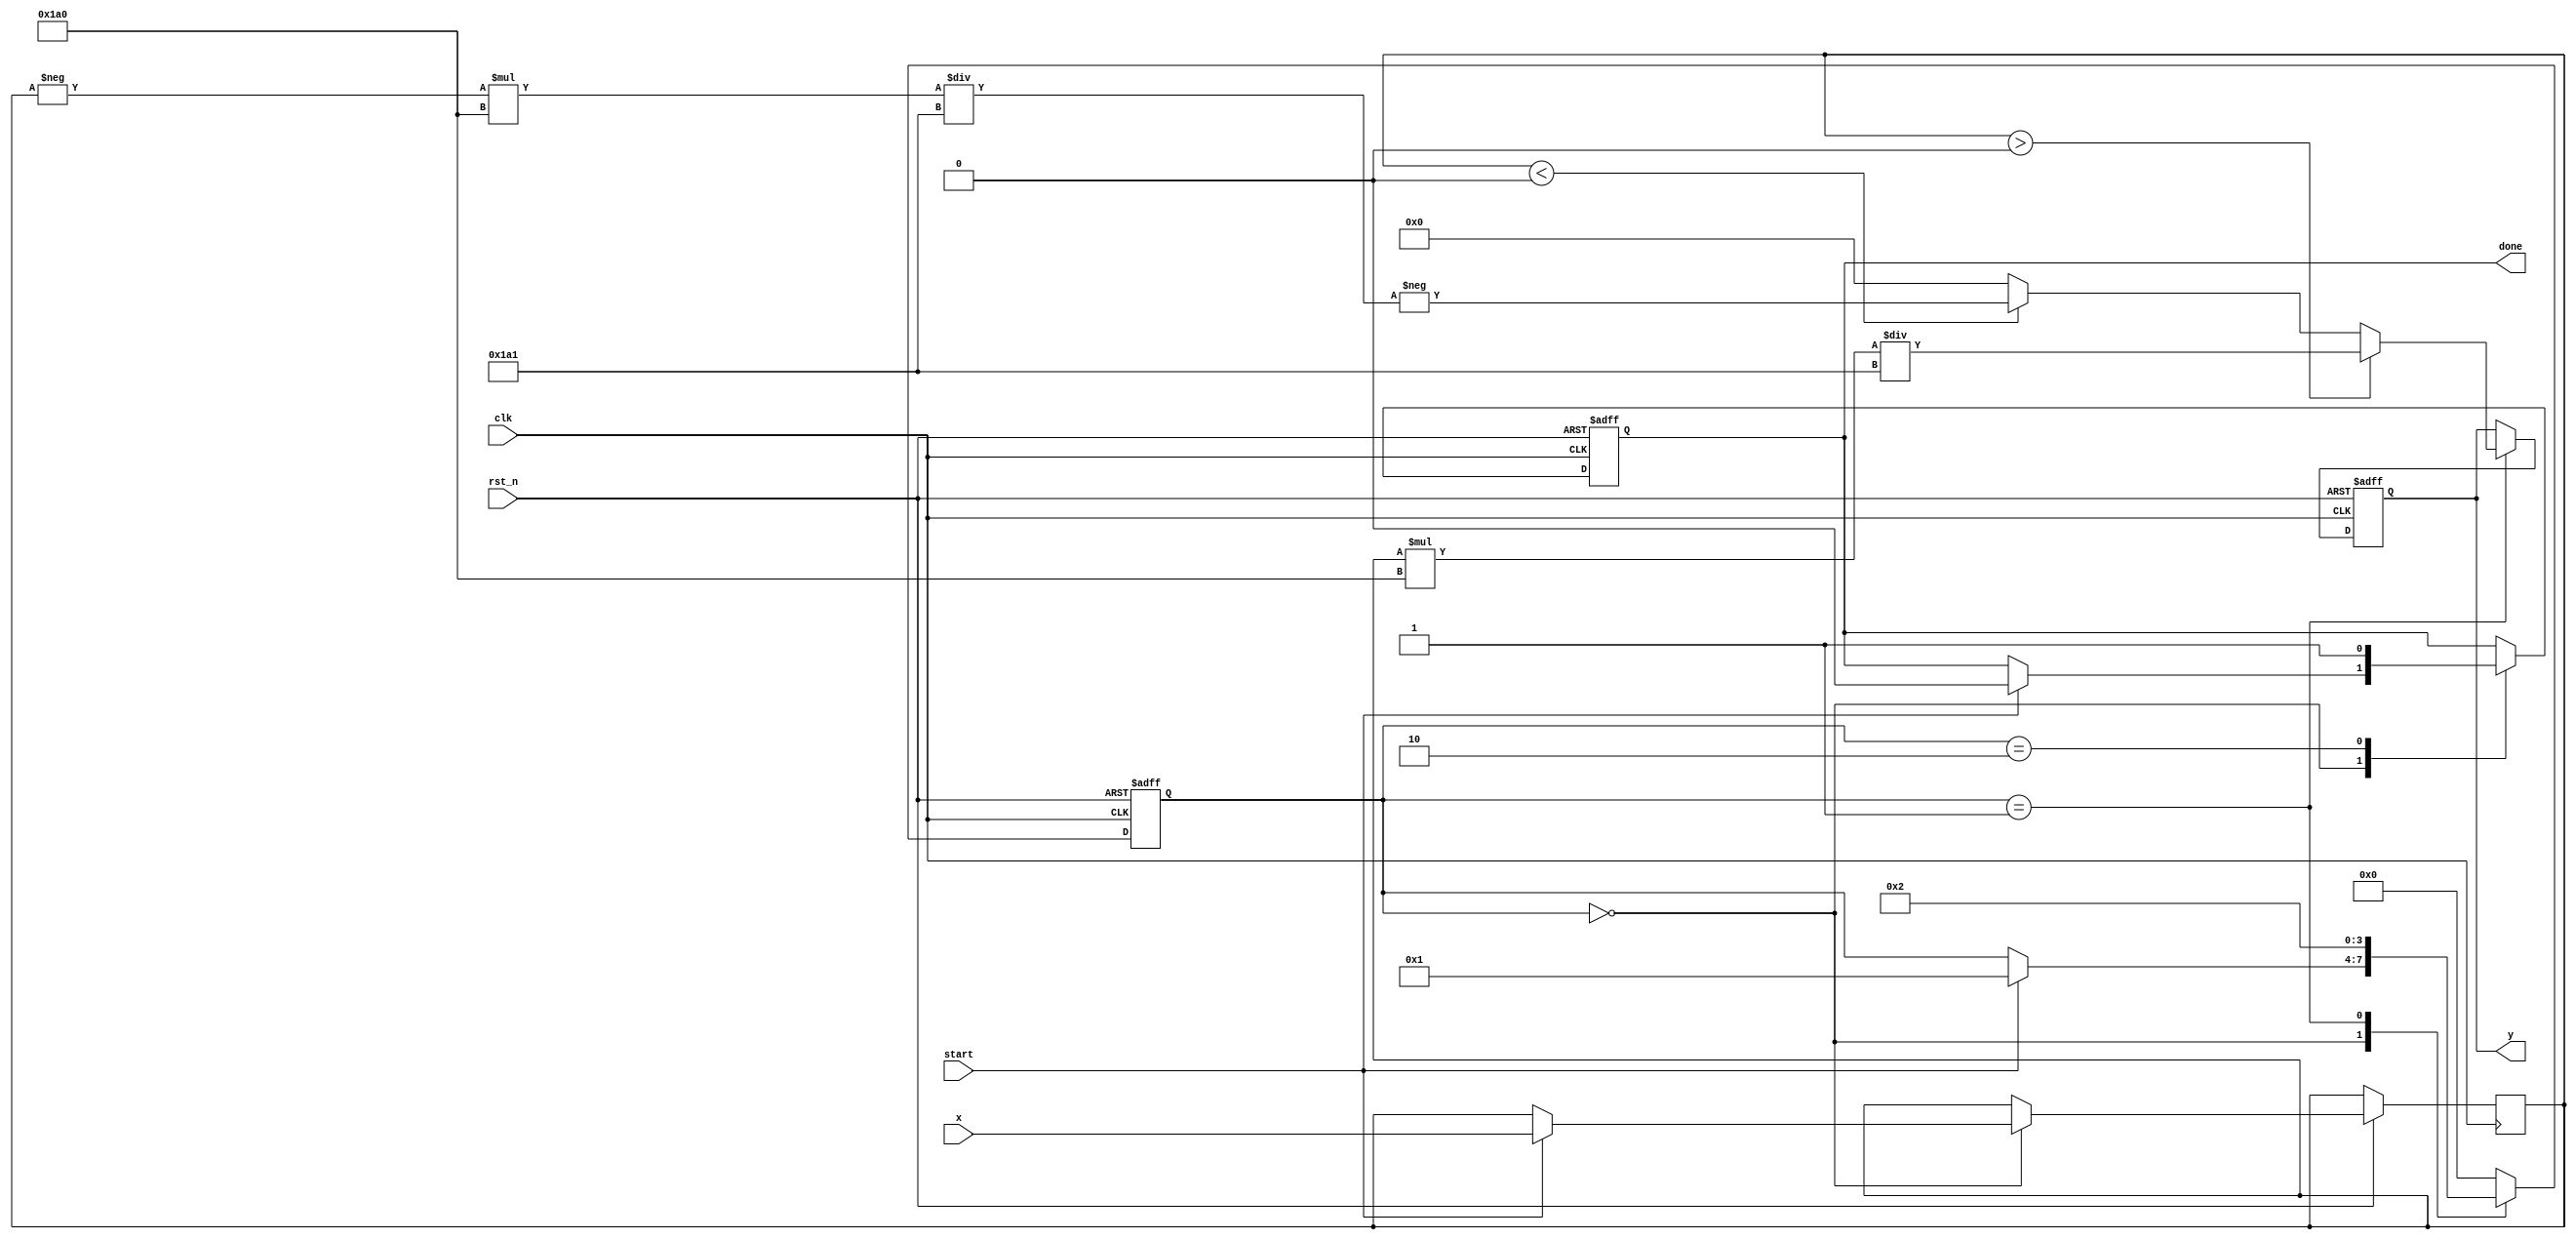
module atan_block (
    input wire [15:0] x,            // Input data (fixed-point representation)
    input wire clk,                  // Clock signal
    input wire rst_n,                // Active-low reset
    input wire start,                // Start signal for computation
    output reg [15:0] y,             // Output data (angle in radians)
    output reg done                  // Signal indicating computation is done
);

    parameter PI = 16'h3243;         // Fixed-point representation of 
    parameter PI_OVER_2 = 16'h1920;  // Fixed-point representation of /2

    reg [15:0] x_reg;
    reg [3:0] state;

    localparam IDLE = 4'b0000,
               COMPUTE = 4'b0001,
               DONE = 4'b0010;

    always @(posedge clk or negedge rst_n) begin
        if (!rst_n) begin
            state <= IDLE;
            done <= 0;
            y <= 0;
        end else begin
            case (state)
                IDLE: begin
                    if (start) begin
                        x_reg <= x; // Load input
                        state <= COMPUTE;
                        done <= 0;
                    end
                end
                COMPUTE: begin
                    // Simple approximation for atan using a lookup table or a polynomial approximation
                    // Here we will use a basic sign and limited range handling
                    if (x_reg > 16'h0000) begin // x > 0
                        y <= (x_reg * 16'h1A0) / (16'h1A0 + 16'h1); // Simple approximation
                    end else if (x_reg < 16'h0000) begin // x < 0
                        y <= -(((-x_reg) * 16'h1A0) / (16'h1A0 + 16'h1)); // Simple approximation
                    end else begin // x = 0
                        y <= 0;
                    end
                    state <= DONE;
                end
                DONE: begin
                    done <= 1; // Signal that computation is done
                    state <= IDLE; // Go back to idle state
                end
                default: state <= IDLE;
            endcase
        end
    end
endmodule